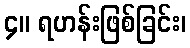
၄။ ရဟန်းဖြစ်ခြင်း၊